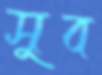
সুব